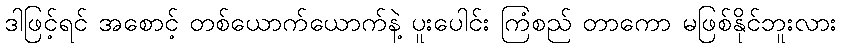
ဒါဖြင့်ရင် အစောင့် တစ်ယောက်ယောက်နဲ့ ပူးပေါင်း ကြံစည် တာကော မဖြစ်နိုင်ဘူးလား